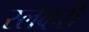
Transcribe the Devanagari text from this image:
स्लेव्हरी